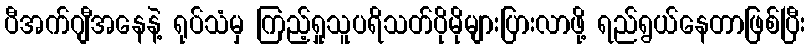
ပီအက်ဂျီအနေနဲ့ ရုပ်သံမှ ကြည့်ရှုသူပရိသတ်ပိုမိုများပြားလာဖို့ ရည်ရွယ်နေတာဖြစ်ပြီး